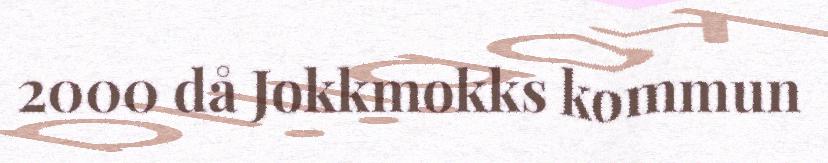
2000 då Jokkmokks kommun